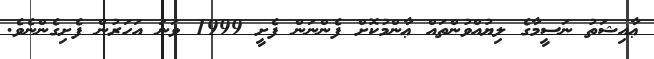
ޢާއިޝަތު ނަސީމާގެ ލިޔުއްވުންތައް ޢާންމުކޮށް ފެންނަން ފެށީ 1999 ވަނަ އަހަރުން ފެށިގެންނެވެ.